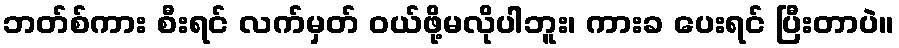
ဘတ်စ်ကား စီးရင် လက်မှတ် ဝယ်ဖို့မလိုပါဘူး၊ ကားခ ပေးရင် ပြီးတာပဲ။